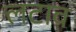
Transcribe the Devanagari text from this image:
लटाव